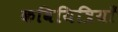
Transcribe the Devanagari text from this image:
कवियित्रियाँ